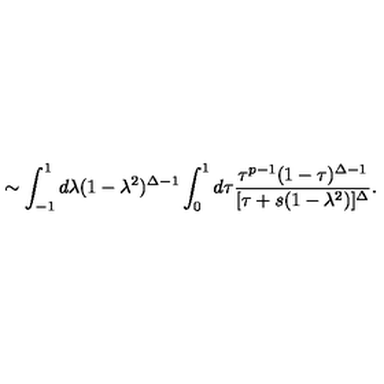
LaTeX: \sim \int _ { - 1 } ^ { 1 } d \lambda ( 1 - \lambda ^ { 2 } ) ^ { \Delta - 1 } \int _ { 0 } ^ { 1 } d \tau \frac { \tau ^ { p - 1 } ( 1 - \tau ) ^ { \Delta - 1 } } { [ \tau + s ( 1 - \lambda ^ { 2 } ) ] ^ { \Delta } } .